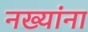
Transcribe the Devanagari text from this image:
नख्यांना